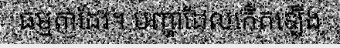
ធម្មតាដែរ។ បញ្ហាដែលកើតឡើង